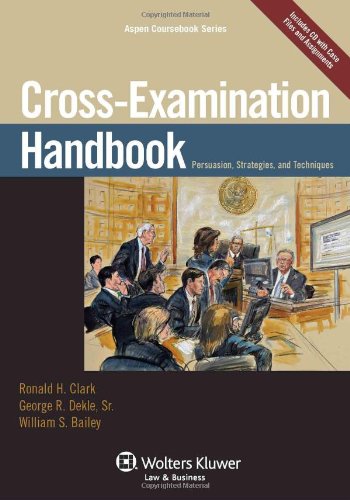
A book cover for Cross Examination Handbook: Persuasion Strategies & Techniques (Aspen Coursebook); Ronald H. Clark; Law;